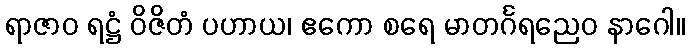
ရာဇာဝ ရဋ္ဌံ ဝိဇိတံ ပဟာယ၊ ဧကော စရေ မာတင်္ဂရညေဝ နာဂေါ။